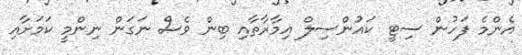
އެންމެ ފަހުން ސިޓީ ކައުންސިލް އިމާރާތާއި ބިން ވެސް ނަގަން ނިންމީ ކަމަށާއި